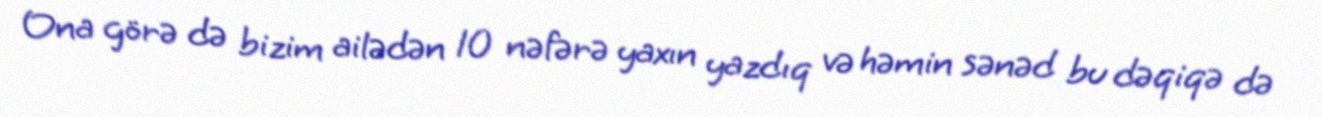
Ona görə də bizim ailədən 10 nəfərə yaxın yazdıq və həmin sənəd bu dəqiqə də